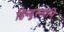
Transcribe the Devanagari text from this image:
हिन्दुस्तानि